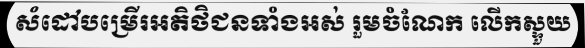
សំដៅបម្រើរអតិថិជនទាំងអស់ រួមចំណែក លើកស្ទួយ